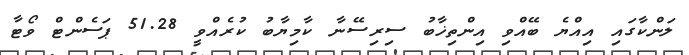
ލަންކާގައި އިއްޔެ ބޭއްވި އިންތިޚާބު ސިރިސޭނާ ކާމިޔާބު ކުރެއްވީ 51.28 ޕަސެންޓް ވޯޓާ